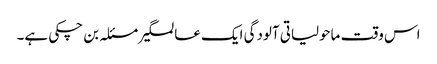
اس وقت ماحولیاتی آلودگی ایک عالمگیر مسئلہ بن چکی ہے۔